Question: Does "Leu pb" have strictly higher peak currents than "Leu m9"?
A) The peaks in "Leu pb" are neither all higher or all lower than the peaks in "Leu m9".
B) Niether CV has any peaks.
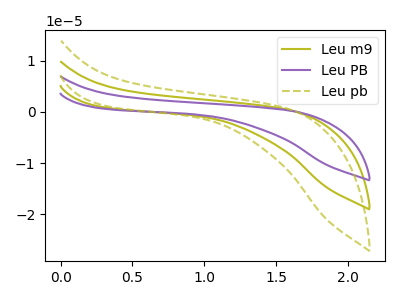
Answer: <think>The olive curve "Leu m9" has no peaks. The purple curve "Leu PB" has no peaks. The olive dashed curve "Leu pb" has no peaks.</think>
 <answer>B) Niether CV has any peaks.</answer>
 <eval>B</eval>